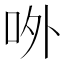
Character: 𠰻